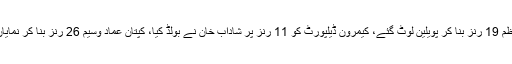
بابر اعظم 19 رنز بنا کر پویلین لوٹ گئے، کیمرون ڈیلپورٹ کو 11 رنز پر شاداب خان نے بولڈ کیا، کپتان عماد وسیم 26 رنز بنا کر نمایاں رہے۔